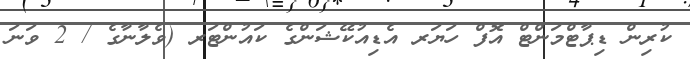
ކުރިން ޑިޕާޓްމަންޓް އޮފް ހަޔަރ އެޑިއުކޭޝަންގެ ކައުންޓަރ (ވެލާނާގެ / 2 ވަނަ